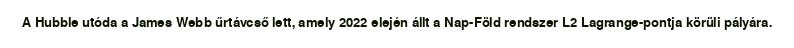
A Hubble utóda a James Webb űrtávcső lett, amely 2022 elején állt a Nap-Föld rendszer L2 Lagrange-pontja körüli pályára.